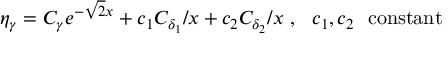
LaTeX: \eta _ { \gamma } = C _ { \gamma } e ^ { - \sqrt { 2 } x } + c _ { 1 } C _ { \delta _ { 1 } } / x + c _ { 2 } C _ { \delta _ { 2 } } / x \ , \ \ c _ { 1 } , c _ { 2 } \ \ \mathrm { c o n s t a n t }